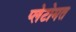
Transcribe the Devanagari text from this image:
प्लेटोमत